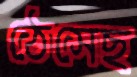
ঠেসেছ